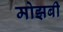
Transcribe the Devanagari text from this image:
मोझबी